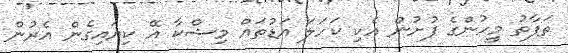
ތަފާތު މީހުންގެ ފުށުން އެކި ކަހަލަ އަޑުތައް މިޝްކާ އޭ ކިޔައިގެން އެރުން